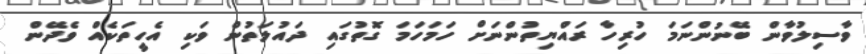
ވާސިލުވާން ބޭނުންނަމަ ހުރިހާ ރައްޔިތުންނަށް ހަމަހަމަ ގޮތުގައި ދައުލަތުން ވަކި އެހީތަކެއް ވެދޭން